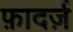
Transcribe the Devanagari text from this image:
फ़ादर्ज़